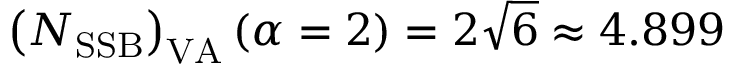
\left( N _ { \mathrm { S S B } } \right) _ { \mathrm { V A } } ( \alpha = 2 ) = 2 \sqrt { 6 } \approx 4 . 8 9 9